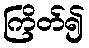
ကြိတ်၍